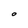
Character: O